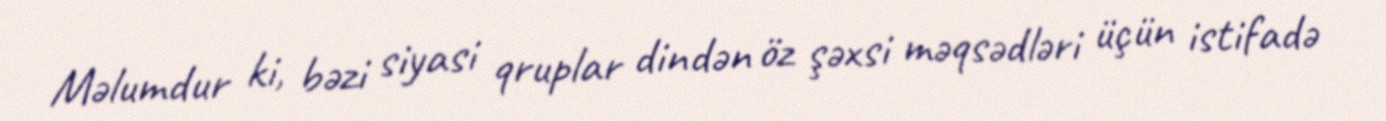
Məlumdur ki, bəzi siyasi qruplar dindən öz şəxsi məqsədləri üçün istifadə